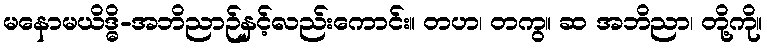
မနောမယိဒ္ဓိ-အဘိညာဉ်နှင့်လည်းကောင်း။ တဟ၊ တကွ။ ဆ အဘိညာ၊ တို့ကို။